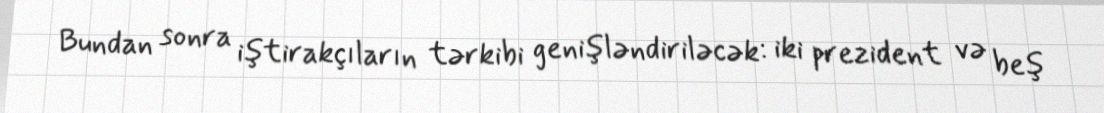
Bundan sonra iştirakçıların tərkibi genişləndiriləcək: iki prezident və beş